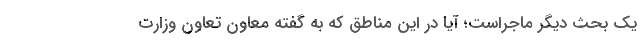
یک بحث دیگر ماجراست؛ آیا در این مناطق که به گفته معاون تعاون وزارت